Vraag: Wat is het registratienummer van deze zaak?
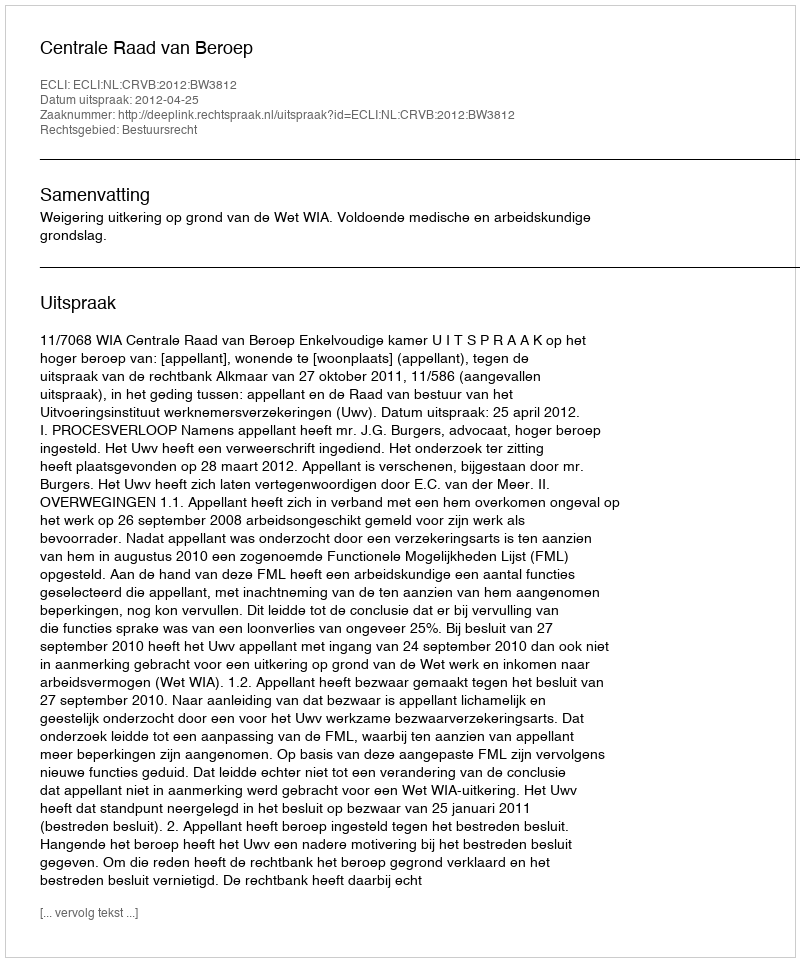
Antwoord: http://deeplink.rechtspraak.nl/uitspraak?id=ECLI:NL:CRVB:2012:BW3812